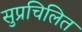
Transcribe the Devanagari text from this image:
सुप्रचिलित